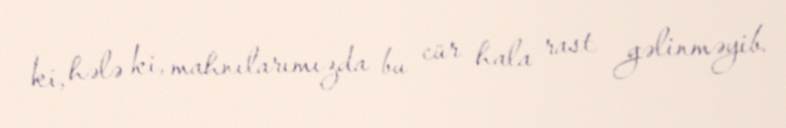
ki, hələ ki, mahnılarımızda bu cür hala rast gəlinməyib.